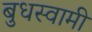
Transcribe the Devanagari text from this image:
बुधस्वामी